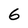
Character: 6